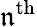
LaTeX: \mathfrak{n}^{\mathrm{{th}}}